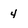
Character: 4